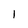
Character: 1